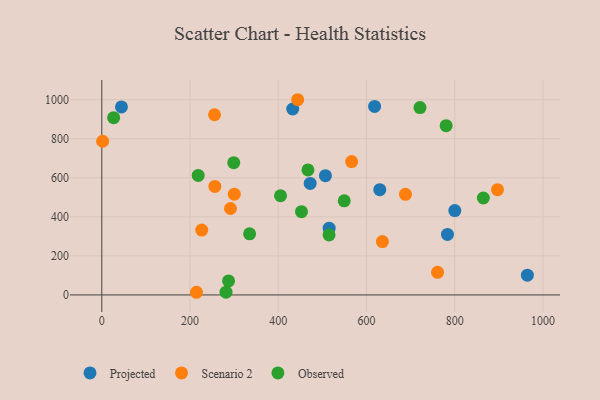
{"axis": {"x": "Ad Spend", "y": "Demand"}, "legend": ["Observed", "Projected", "Scenario 2"], "data": [{"x": "964.6", "y": 101.4, "type": "Projected"}, {"x": "44.6", "y": 962.8, "type": "Projected"}, {"x": "800.1", "y": 431.8, "type": "Projected"}, {"x": "630.1", "y": 539.3, "type": "Projected"}, {"x": "432.7", "y": 952.2, "type": "Projected"}, {"x": "783.5", "y": 309.9, "type": "Projected"}, {"x": "515.3", "y": 342.1, "type": "Projected"}, {"x": "472.3", "y": 571.2, "type": "Projected"}, {"x": "506.9", "y": 610.9, "type": "Projected"}, {"x": "618.3", "y": 965.3, "type": "Projected"}, {"x": "896.9", "y": 539.1, "type": "Scenario 2"}, {"x": "255.5", "y": 922.9, "type": "Scenario 2"}, {"x": "1.9", "y": 787.0, "type": "Scenario 2"}, {"x": "444.0", "y": 999.8, "type": "Scenario 2"}, {"x": "636.0", "y": 273.3, "type": "Scenario 2"}, {"x": "300.3", "y": 516.3, "type": "Scenario 2"}, {"x": "566.3", "y": 683.2, "type": "Scenario 2"}, {"x": "761.0", "y": 115.6, "type": "Scenario 2"}, {"x": "226.5", "y": 332.4, "type": "Scenario 2"}, {"x": "214.6", "y": 13.6, "type": "Scenario 2"}, {"x": "256.3", "y": 555.6, "type": "Scenario 2"}, {"x": "688.3", "y": 515.4, "type": "Scenario 2"}, {"x": "291.7", "y": 442.6, "type": "Scenario 2"}, {"x": "299.1", "y": 677.5, "type": "Observed"}, {"x": "218.5", "y": 611.9, "type": "Observed"}, {"x": "452.6", "y": 426.6, "type": "Observed"}, {"x": "864.8", "y": 496.5, "type": "Observed"}, {"x": "515.1", "y": 307.4, "type": "Observed"}, {"x": "281.6", "y": 13.9, "type": "Observed"}, {"x": "287.3", "y": 71.6, "type": "Observed"}, {"x": "405.1", "y": 508.0, "type": "Observed"}, {"x": "721.2", "y": 959.5, "type": "Observed"}, {"x": "26.9", "y": 907.8, "type": "Observed"}, {"x": "467.3", "y": 640.4, "type": "Observed"}, {"x": "780.5", "y": 866.9, "type": "Observed"}, {"x": "549.5", "y": 482.1, "type": "Observed"}, {"x": "335.0", "y": 312.9, "type": "Observed"}]}